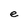
Character: e